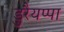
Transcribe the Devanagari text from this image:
डुरैयप्पा